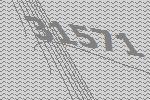
31571